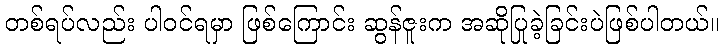
တစ်ရပ်လည်း ပါဝင်ရမှာ ဖြစ်ကြောင်း ဆွန်ဇူးက အဆိုပြုခဲ့ခြင်းပဲဖြစ်ပါတယ်။